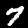
Label: 7